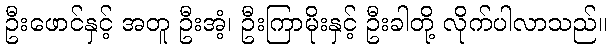
ဦးဖောင်နှင့် အတူ ဦးအံ့၊ ဦးကြာမိုးနှင့် ဦးခါတို့ လိုက်ပါလာသည်။